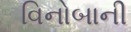
વિનોબાની